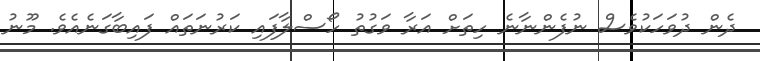
ދެން ދުވަހަކުވެސް ނުފެންނާނެ ހިތަށް އަރާ ވަގުތު ހޯސްލާފައި ކަރުނަތައް ފައިބާގަނެއެވެ. މޫނު